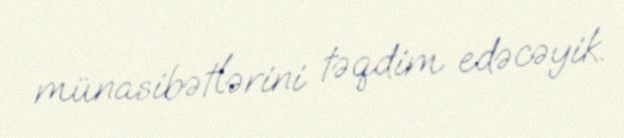
münasibətlərini təqdim edəcəyik.